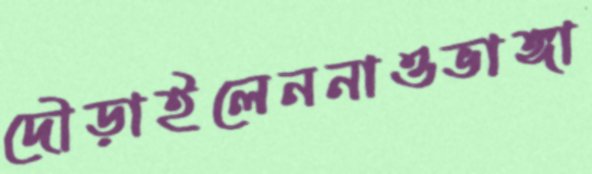
দৌড়াইলেননাওভাঙ্গা